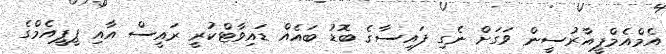
އެމްއެމްޕީއާރުސީން ވަގަށް ނެގި ފައިސާގެ ބޮޑު ބައެއް ޑައިވާޓްކުރީ ރައީސް އާއި ޕީޕީއެމްގެ